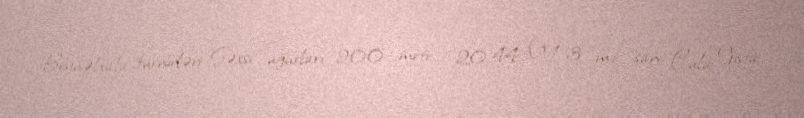
Beynəlxalq turnirləri Şəxsi uğurları 200 metr – 20.44 (+1.3 m/san, Çula Vista